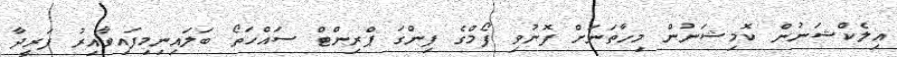
އިލެކްޝަނުން ކޮމިޝަނުން މިހާތަނަށް ފޮނުވި ފޯމްގެ ފިންގަ ޕްރިންޓް ސައްހަތޯ ބަލައިނިމިފައިވާއިރު ފަރީދާ